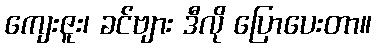
ကျေးဇူး၊ ခင်ဗျား ဒီလို ပြောပေးတာ။